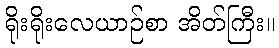
ရိုးရိုးလေယာဉ်စာ အိတ်ကြီး။